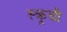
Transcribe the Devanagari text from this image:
स्क्रूची